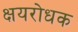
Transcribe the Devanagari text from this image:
क्षयरोधक